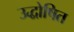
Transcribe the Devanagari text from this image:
उद्धोषित